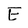
Character: E